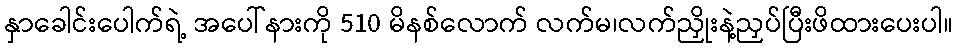
နှာခေါင်းပေါက်ရဲ့ အပေါ်နားကို 510 မိနစ်လောက် လက်မ၊လက်ညှိုးနဲ့ညှပ်ပြီးဖိထားပေးပါ။